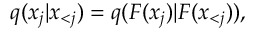
q ( x _ { j } | \boldsymbol x _ { < j } ) = q ( F ( x _ { j } ) | F ( \boldsymbol x _ { < j } ) ) ,